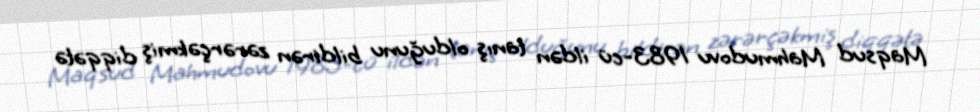
Maqsud Mahmudovu 1983-cü ildən tanış olduğunu bildirən zərərçəkmiş diqqətə